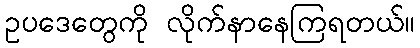
ဥပဒေတွေကို လိုက်နာနေကြရတယ်။